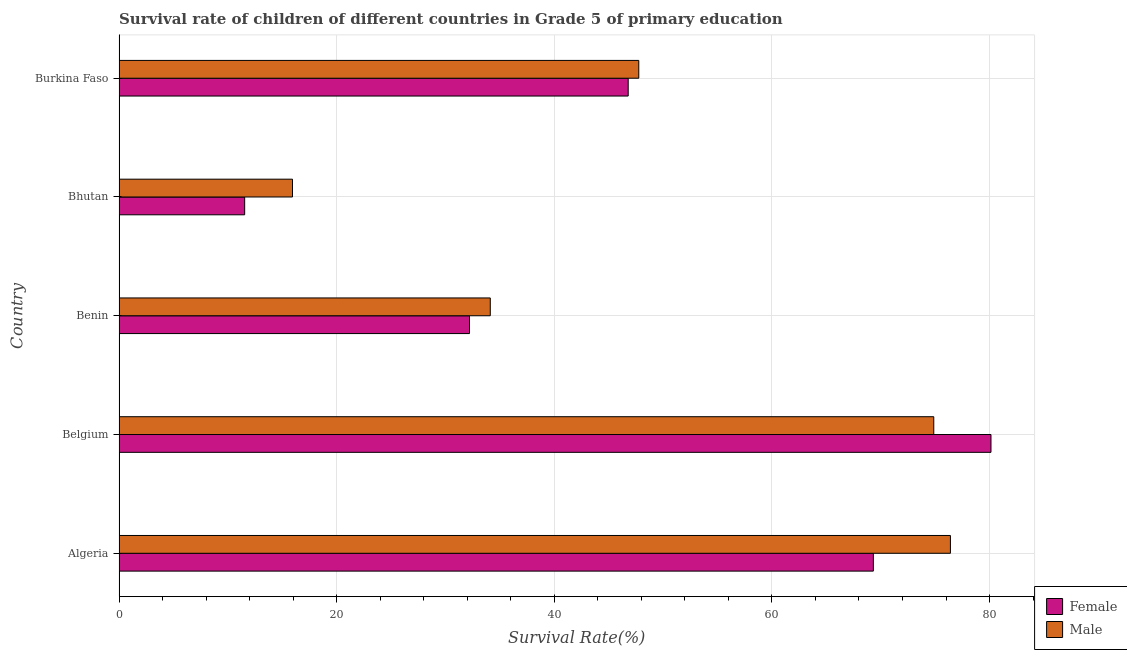
| Country | Female | Male |
 | --- | --- | --- |
 | Algeria | 69.3 | 76.4 |
 | Belgium | 80.1 | 74.9 |
 | Benin | 32.2 | 34.1 |
 | Bhutan | 11.5 | 15.9 |
 | Burkina Faso | 46.8 | 47.8 |